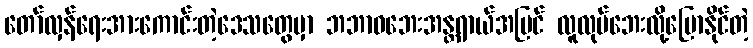
တော်လှန်ရေးအားကောင်းတဲ့ဒေသတွေမှာ ဘဘာဝဘေးအန္တရာယ်အပြင် လူလုပ်ဘေးလို့ပြောနိုင်တဲ့